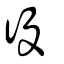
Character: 役